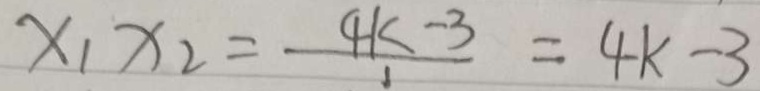
x _ { 1 } x _ { 2 } = \frac { 4 k - 3 } { 1 } = 4 k - 3